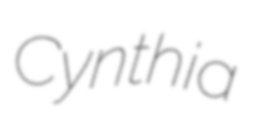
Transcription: Cynthia